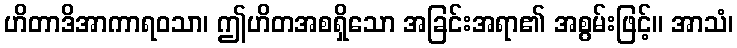
ဟိတာဒိအာကာရဝသာ၊ ဤဟိတအစရှိသော အခြင်းအရာ၏ အစွမ်းဖြင့်။ အာသံ၊